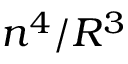
n ^ { 4 } / R ^ { 3 }